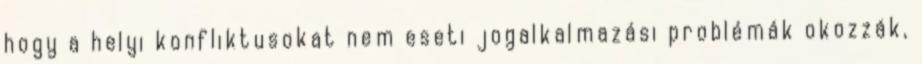
hogy a helyi konfliktusokat nem eseti jogalkalmazási problémák okozzák,